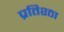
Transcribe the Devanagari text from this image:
प्रतिश्ठा